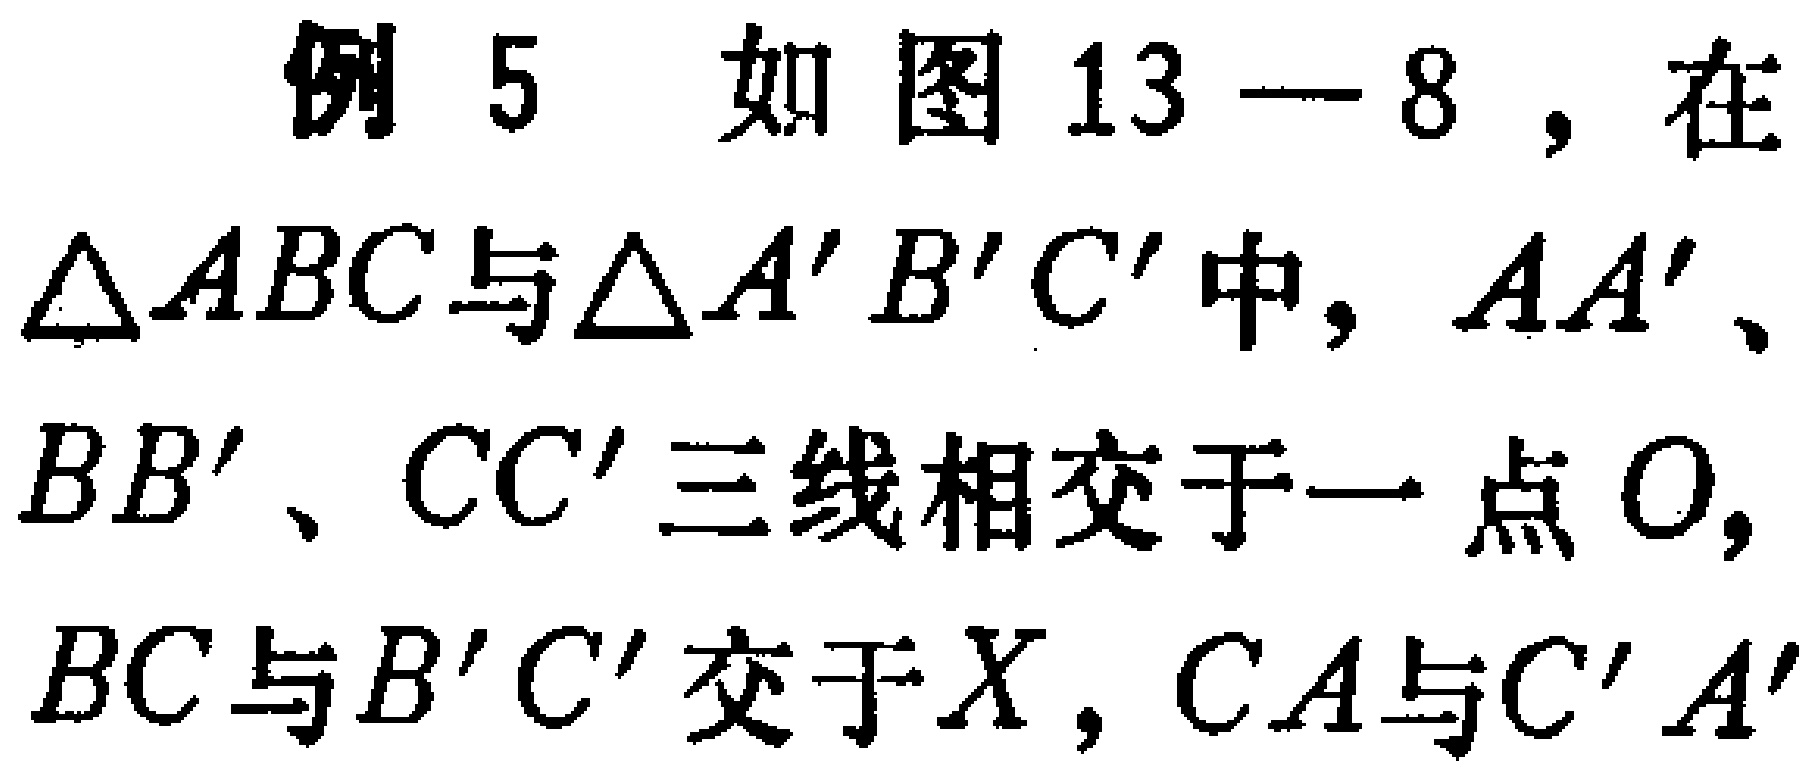
例 5 如图 13 - 8，在$\triangle ABC$与$\triangle A'B'C'$中，$AA'$、$BB'$、$CC'$三线相交于一点$O$，$BC$与$B'C'$交于$X$，$CA$与$C'A'$